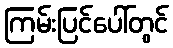
ကြမ်းပြင်ပေါ်တွင်